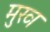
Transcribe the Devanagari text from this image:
मुख्‍ा